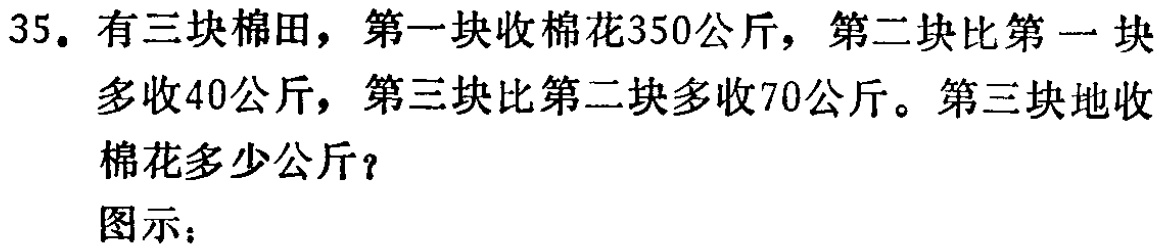
35. 有三块棉田，第一块收棉花350公斤，第二块比第一 块多收40公斤，第三块比第二块多收70公斤。第三块地收棉花多少公斤？

图示：